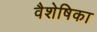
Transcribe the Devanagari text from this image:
वैशेषिका